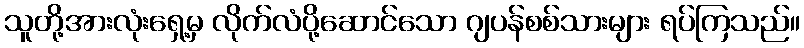
သူတို့အားလုံးရှေ့မှ လိုက်လံပို့ဆောင်သော ဂျပန်စစ်သားများ ရပ်ကြသည်။